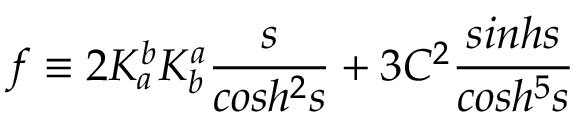
f \equiv 2 K _ { a } ^ { b } K _ { b } ^ { a } \frac { s } { c o s h ^ { 2 } s } + 3 C ^ { 2 } \frac { s i n h s } { c o s h ^ { 5 } s }